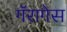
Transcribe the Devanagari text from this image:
गॅरागेस